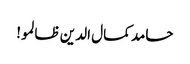
حامد کمال الدین ظالمو!